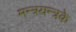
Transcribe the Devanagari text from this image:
मन्त्रयन्त्रके